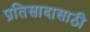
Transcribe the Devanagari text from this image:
प्रतिसादासाठी